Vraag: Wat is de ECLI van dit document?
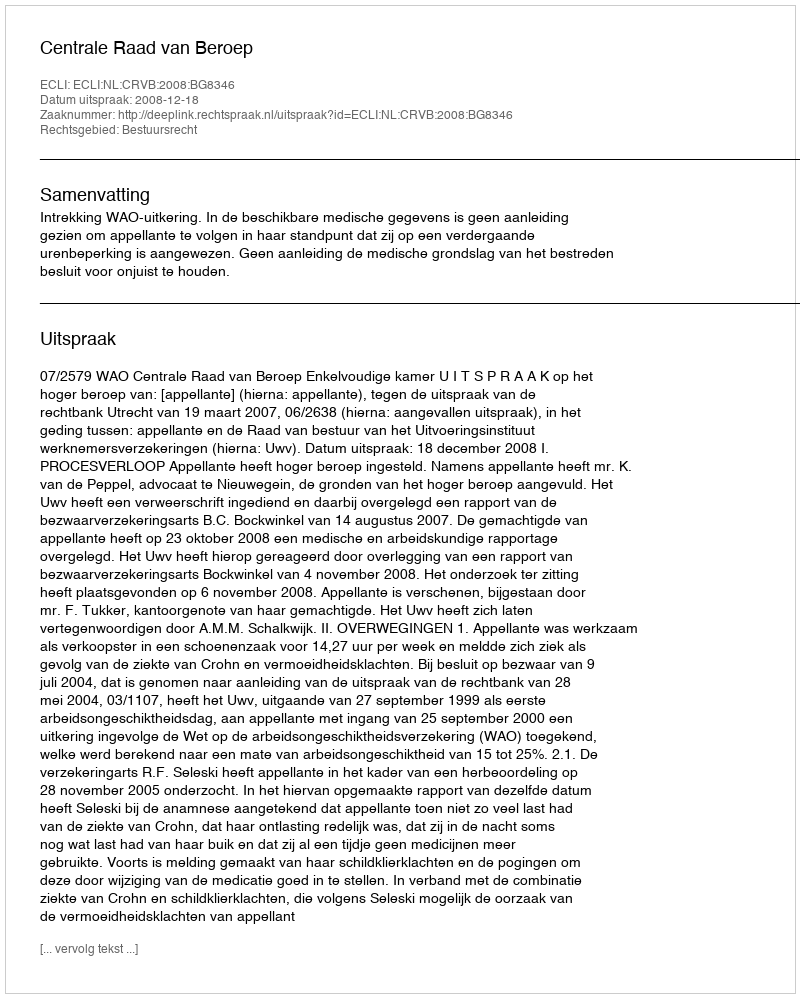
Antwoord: ECLI:NL:CRVB:2008:BG8346